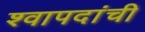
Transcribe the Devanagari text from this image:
श्वापदांची